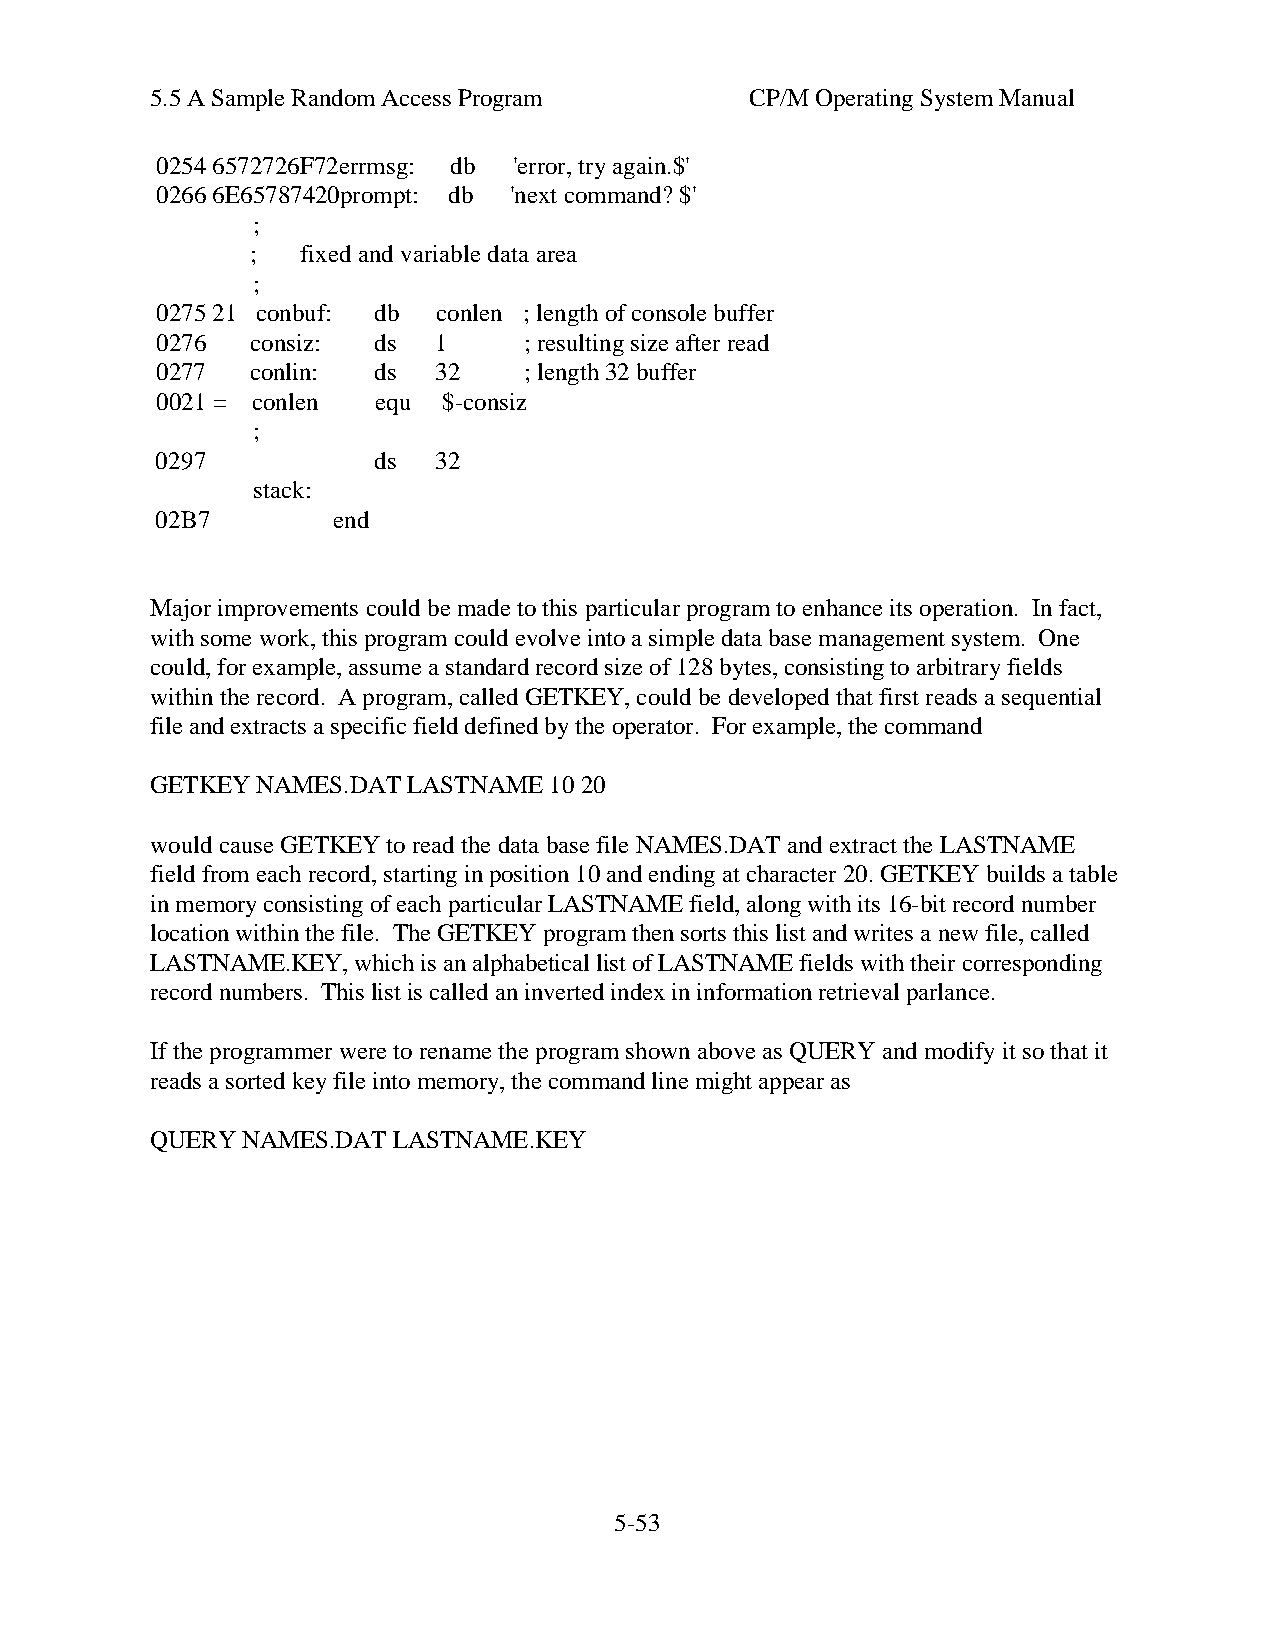
5.5 A Sample Random Access Program      CP/M Operating System Manual
 0254 6572726F72errmsg: db 'error, try again.$'
 0266 6E65787420prompt: db 'next command? $'
 ;
 ;  fixed and variable data area
 ;
 0275 21 conbuf: db conlen ; length of console buffer
 0276   consiz: ds  1     ; resulting size after read
 0277   conlin: ds  32    ; length 32 buffer
 0021 = conlen  equ $-consiz
 ;
 0297           ds  32
 stack:
 02B7        end
 Major improvements could be made to this particular program to enhance its operation. In fact,
 with some work, this program could evolve into a simple data base management system. One
 could, for example, assume a standard record size of 128 bytes, consisting to arbitrary fields
 within the record. A program, called GETKEY, could be developed that first reads a sequential
 file and extracts a specific field defined by the operator. For example, the command
 GETKEY NAMES.DAT LASTNAME 10 20
 would cause GETKEY to read the data base file NAMES.DAT and extract the LASTNAME
 field from each record, starting in position 10 and ending at character 20. GETKEY builds a table
 in memory consisting of each particular LASTNAME field, along with its 16-bit record number
 location within the file. The GETKEY program then sorts this list and writes a new file, called
 LASTNAME.KEY, which is an alphabetical list of LASTNAME fields with their corresponding
 record numbers. This list is called an inverted index in information retrieval parlance.
 If the programmer were to rename the program shown above as QUERY and modify it so that it
 reads a sorted key file into memory, the command line might appear as
 QUERY NAMES.DAT LASTNAME.KEY
 5-53